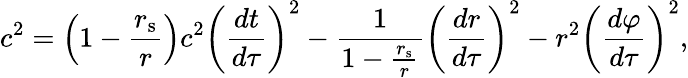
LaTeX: c^{2}=\left(1-{\frac{r_{\mathrm{{s}}}}{r}}\right)c^{2}\left({\frac{dt}{d\tau}}\right)^{2}-{\frac{1}{1-{\frac{r_{\mathrm{{s}}}}{r}}}}\left({\frac{dr}{d\tau}}\right)^{2}-r^{2}\left({\frac{d\varphi}{d\tau}}\right)^{2},